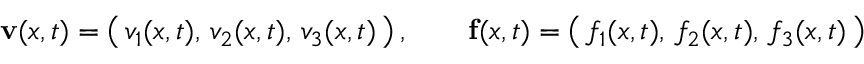
\mathbf { v } ( { \boldsymbol { x } } , t ) = { \big ( } \, v _ { 1 } ( { \boldsymbol { x } } , t ) , \, v _ { 2 } ( { \boldsymbol { x } } , t ) , \, v _ { 3 } ( { \boldsymbol { x } } , t ) \, { \big ) } \, , \qquad \mathbf { f } ( { \boldsymbol { x } } , t ) = { \big ( } \, f _ { 1 } ( { \boldsymbol { x } } , t ) , \, f _ { 2 } ( { \boldsymbol { x } } , t ) , \, f _ { 3 } ( { \boldsymbol { x } } , t ) \, { \big ) }